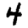
Digit: 4